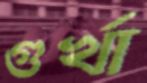
গুর্খা